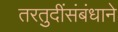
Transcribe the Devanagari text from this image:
तरतुदींसंबंधाने